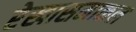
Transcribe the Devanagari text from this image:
रेखासमाकल